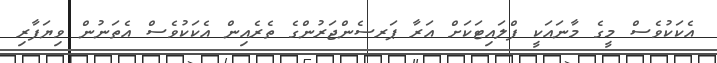
އެކަކުވެސް މީގެ މާނައަކީ ފްލައިޓަކަށް އަރާ ޕަރސެންޖަރުންގެ ތެރެއިން އެކަކުވެސް އެތަނުން ވިޔަފާރި